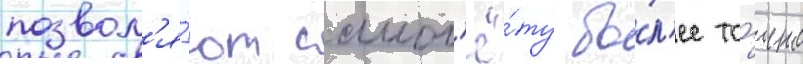
позвол'я́ют самол'ё́ту бо́л'ее то́чно